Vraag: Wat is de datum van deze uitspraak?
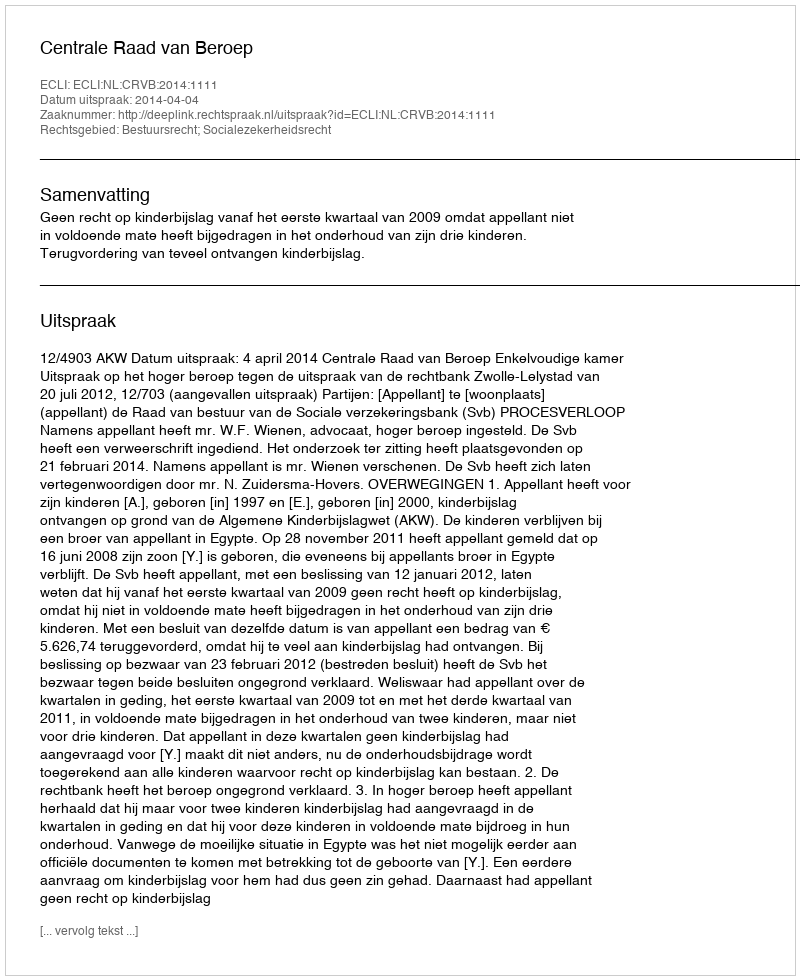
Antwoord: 2014-04-04